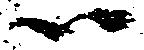
ハ